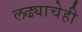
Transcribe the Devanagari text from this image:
लढ्याचेही